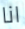
انا